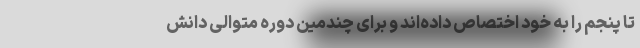
تا پنجم را به خود اختصاص داده‌اند و برای چندمین دوره متوالی دانش‌